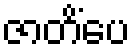
ဇာတိံပေ